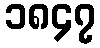
၁၈၄၇